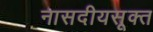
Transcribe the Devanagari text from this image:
नासदीयसूक्त